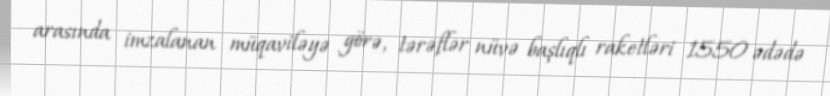
arasında imzalanan müqaviləyə görə, tərəflər nüvə başlıqlı raketləri 1550 ədədə